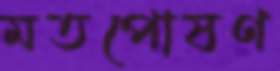
মতপোষণ